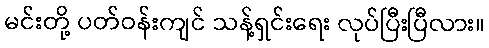
မင်းတို့ ပတ်ဝန်းကျင် သန့်ရှင်းရေး လုပ်ပြီးပြီလား။